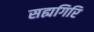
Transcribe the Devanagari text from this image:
सह्यगिरि